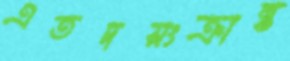
এতদসংক্রান্ত